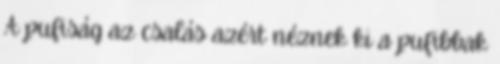
A pufiság az csalás azért néznek ki a pufibbak